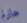
هارلم